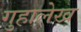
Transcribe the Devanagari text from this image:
गुहालेख